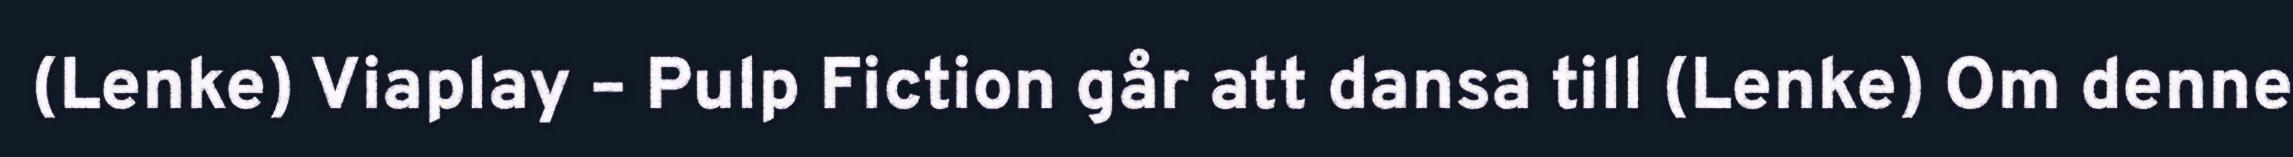
(Lenke) Viaplay – Pulp Fiction går att dansa till (Lenke) Om denne